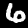
Label: 6